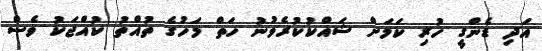
އަދި ޑެންގީ ހުރި ކަމަށް ޝައްކުކުރެވުނު ހަތް މަހުގެ ތުއްތު ކުއްޖަކު ވެސް